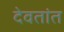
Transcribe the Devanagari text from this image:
देवतांत